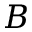
B